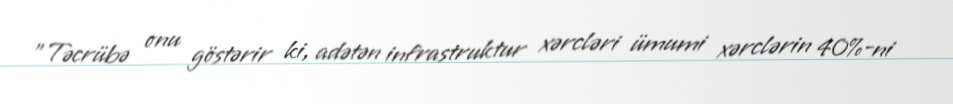
"Təcrübə onu göstərir ki, adətən infrastruktur xərcləri ümumi xərclərin 40%-ni